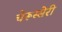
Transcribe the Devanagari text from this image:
चेरूस्सेरी